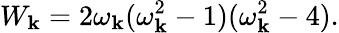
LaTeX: W_{\mathbf k}=2\omega_{\mathbf k}(\omega_{\mathbf k}^{2}-1)(\omega_{\mathbf k}^{2}-4).